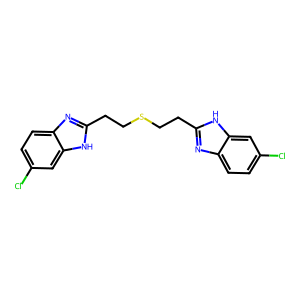
SMILES: Clc1ccc2nc(CCSCCc3nc4ccc(Cl)cc4[nH]3)[nH]c2c1
Inhibits HIV replication: No